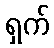
ရှက်